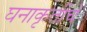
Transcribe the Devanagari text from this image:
घनाकृतींचे